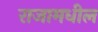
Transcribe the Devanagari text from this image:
राजामधील